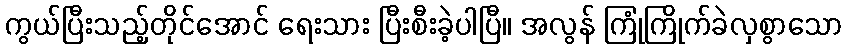
ကွယ်ပြီးသည့်တိုင်အောင် ရေးသား ပြီးစီးခဲ့ပါပြီ။ အလွန် ကြုံကြိုက်ခဲလှစွာသော